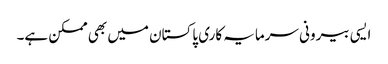
ایسی بیرونی سرمایہ کاری پاکستان میں بھی ممکن ہے۔